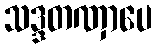
သဒ္ဒတဏှာပေ